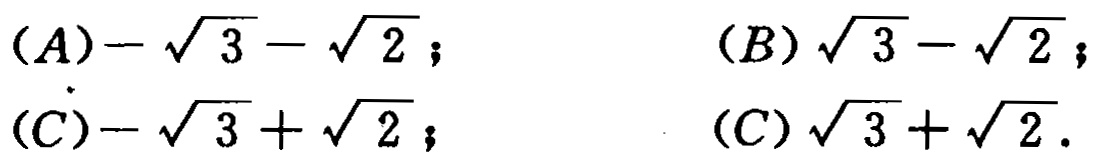
(A)$-\sqrt{3}-\sqrt{2}$; (B)$\sqrt{3}-\sqrt{2}$;

(C)$-\sqrt{3}+\sqrt{2}$; (D)$\sqrt{3}+\sqrt{2}$.